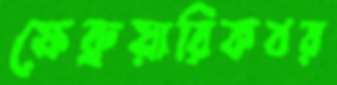
ফেব্রুয়ারিকবর